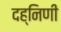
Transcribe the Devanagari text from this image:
दह्निणी